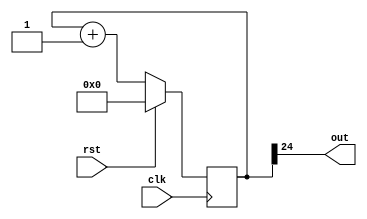
`timescale 1ns / 1ps
//////////////////////////////////////////////////////////////////////////////////
// Company: 
// Engineer: 
// 
// Design Name: 
// Module Name:    counter 
// Project Name: 
// Target Devices: 
// Tool versions: 
// Description: 
//
// Dependencies: 
//
// Revision: 
// Revision 0.01 - File Created
// Additional Comments: 
//
//////////////////////////////////////////////////////////////////////////////////
module counter(clk,rst,out);
	input clk,rst;
   output out;
	reg [24:0] counter_d, counter_q;
   
  assign out = counter_q[24];
   
  always @(counter_q) begin
    counter_d <= counter_q + 1'b1;
  end
   
  always @(posedge clk) begin
    if (rst) begin
      counter_q <= 25'b0;
    end 
	 else begin
	 //counter_d <= counter_q + 1'b1;
      counter_q <= counter_d;
    end
  end


endmodule